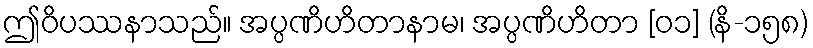
ဤဝိပဿနာသည်။ အပ္ပဏိဟိတာနာမ၊ အပ္ပဏိဟိတာ [၀၁] (နိ-၁၅၈)